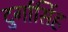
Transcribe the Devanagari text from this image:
दुर्गासिंह